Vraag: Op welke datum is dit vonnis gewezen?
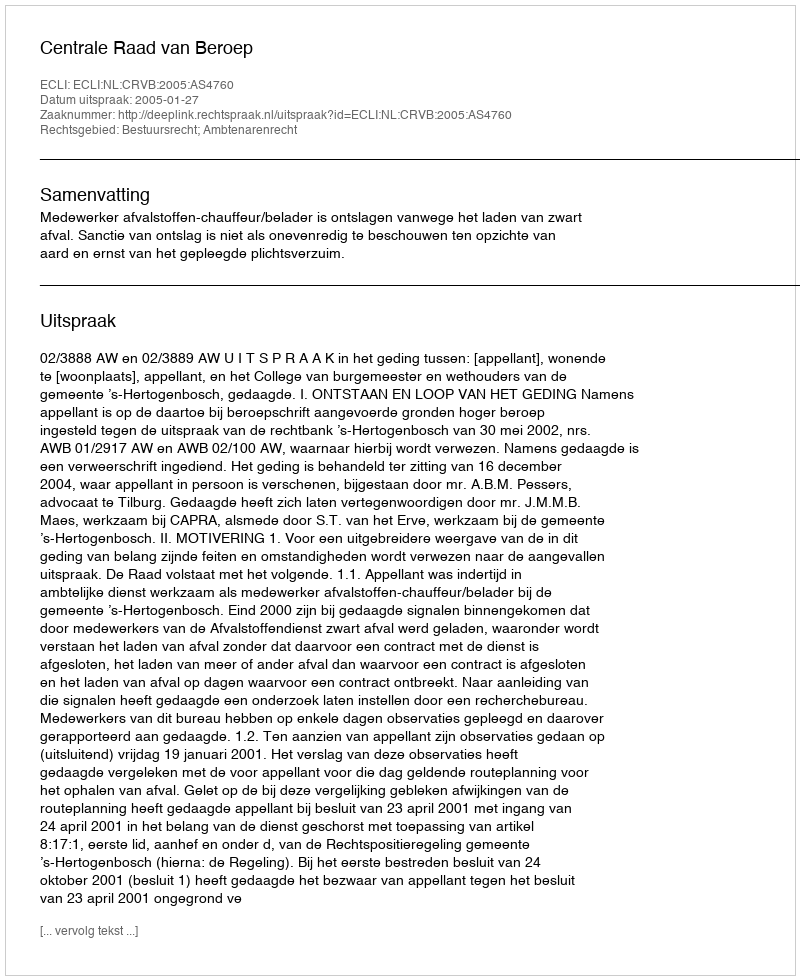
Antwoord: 2005-01-27